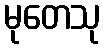
မုတေသု